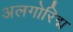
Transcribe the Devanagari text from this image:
अलगोरिद्म